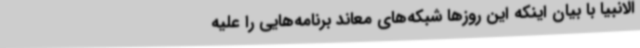
الانبیا با بیان اینکه این روزها شبکه‌های معاند برنامه‌هایی را علیه